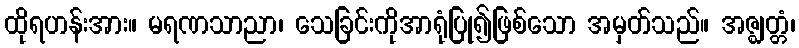
ထိုရဟန်းအား။ မရဏသာညာ၊ သေခြင်းကိုအာရုံပြု၍ဖြစ်သော အမှတ်သည်။ အဇ္ဈတ္တံ၊